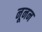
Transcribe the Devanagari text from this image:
नूनन